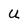
Character: U